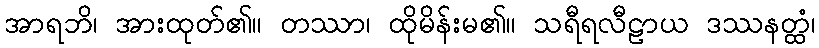
အာရဘိ၊ အားထုတ်၏။ တဿာ၊ ထိုမိန်းမ၏။ သရီရလီဠာယ ဒဿနတ္ထံ၊